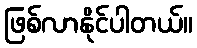
ဖြစ်လာနိုင်ပါတယ်။